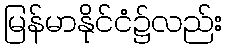
မြန်မာနိုင်ငံ၌လည်း